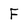
Character: F